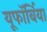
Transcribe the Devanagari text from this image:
यूफॉर्बिया